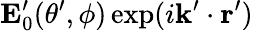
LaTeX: \mathbf{E}_{0}^{\prime}(\theta^{\prime},\phi)\exp(i\mathbf{k}^{\prime}\cdot\mathbf{r^{\prime}})